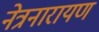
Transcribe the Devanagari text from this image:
नेत्रनारायण